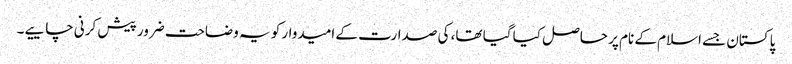
پاکستان جسے اسلام کے نام پر حاصل کیا گیا تھا، کی صدارت کے امیدوار کو یہ وضاحت ضرور پیش کرنی چاییے۔